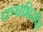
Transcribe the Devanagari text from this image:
पञ्चभिरपि।